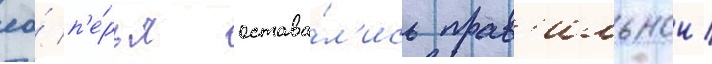
ео́ п'е́рья остава́л'ись прав'ильнои